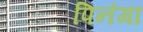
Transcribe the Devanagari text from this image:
पिनंगा